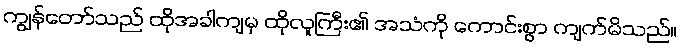
ကျွန်တော်သည် ထိုအခါကျမှ ထိုလူကြီး၏ အသံကို ကောင်းစွာ ကျက်မိသည်။